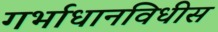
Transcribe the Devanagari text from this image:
गर्भाधानविधीस